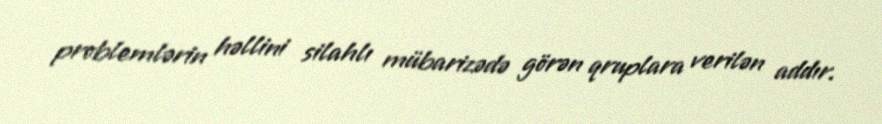
problemlərin həllini silahlı mübarizədə görən qruplara verilən addır.